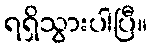
ရရှိသွားပါပြီ။